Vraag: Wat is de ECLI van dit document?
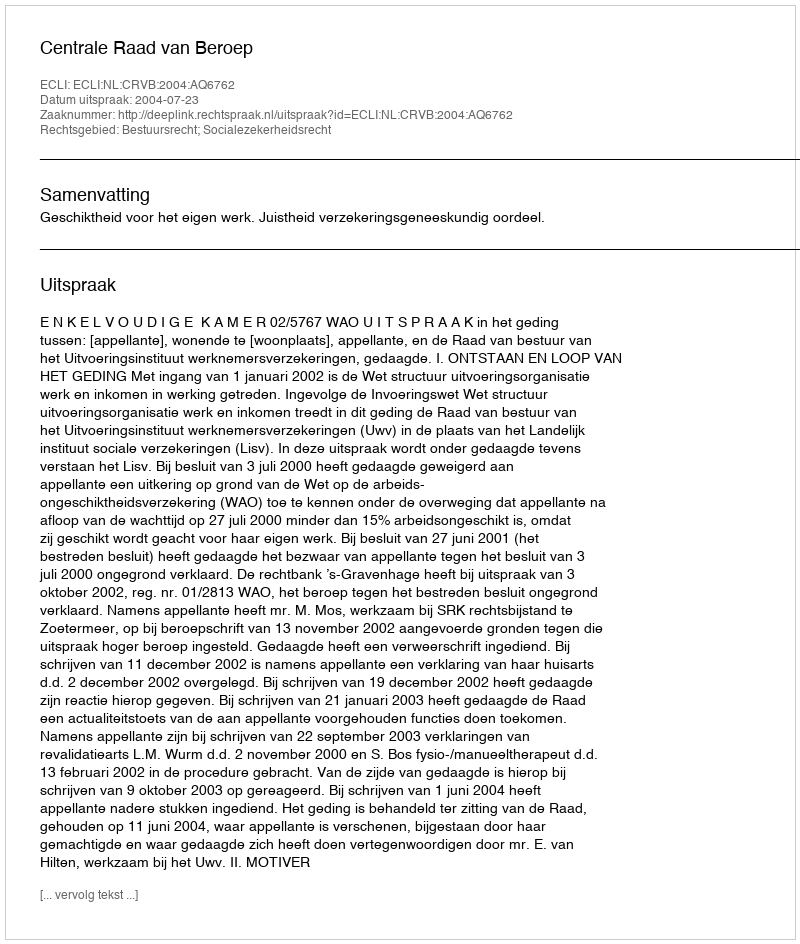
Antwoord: ECLI:NL:CRVB:2004:AQ6762